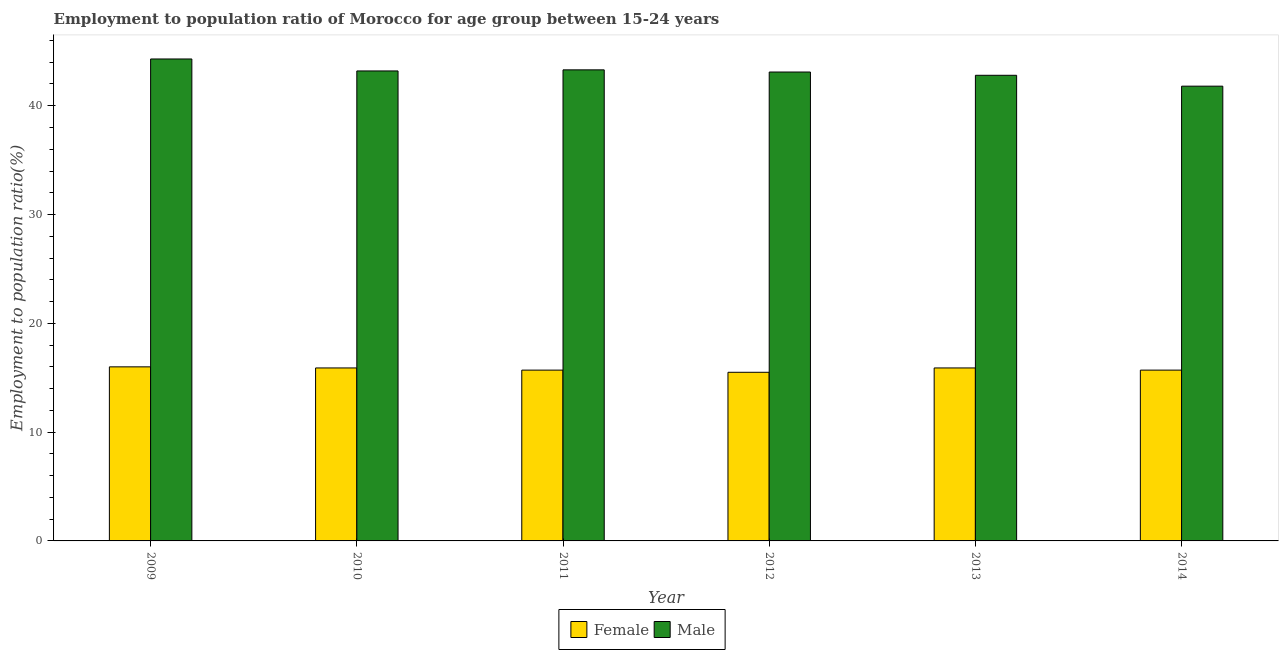
| Year | Female | Male |
 | --- | --- | --- |
 | 2009 | 16 | 44.3 |
 | 2010 | 15.9 | 43.2 |
 | 2011 | 15.7 | 43.3 |
 | 2012 | 15.5 | 43.1 |
 | 2013 | 15.9 | 42.8 |
 | 2014 | 15.7 | 41.8 |